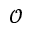
\mathcal { O }